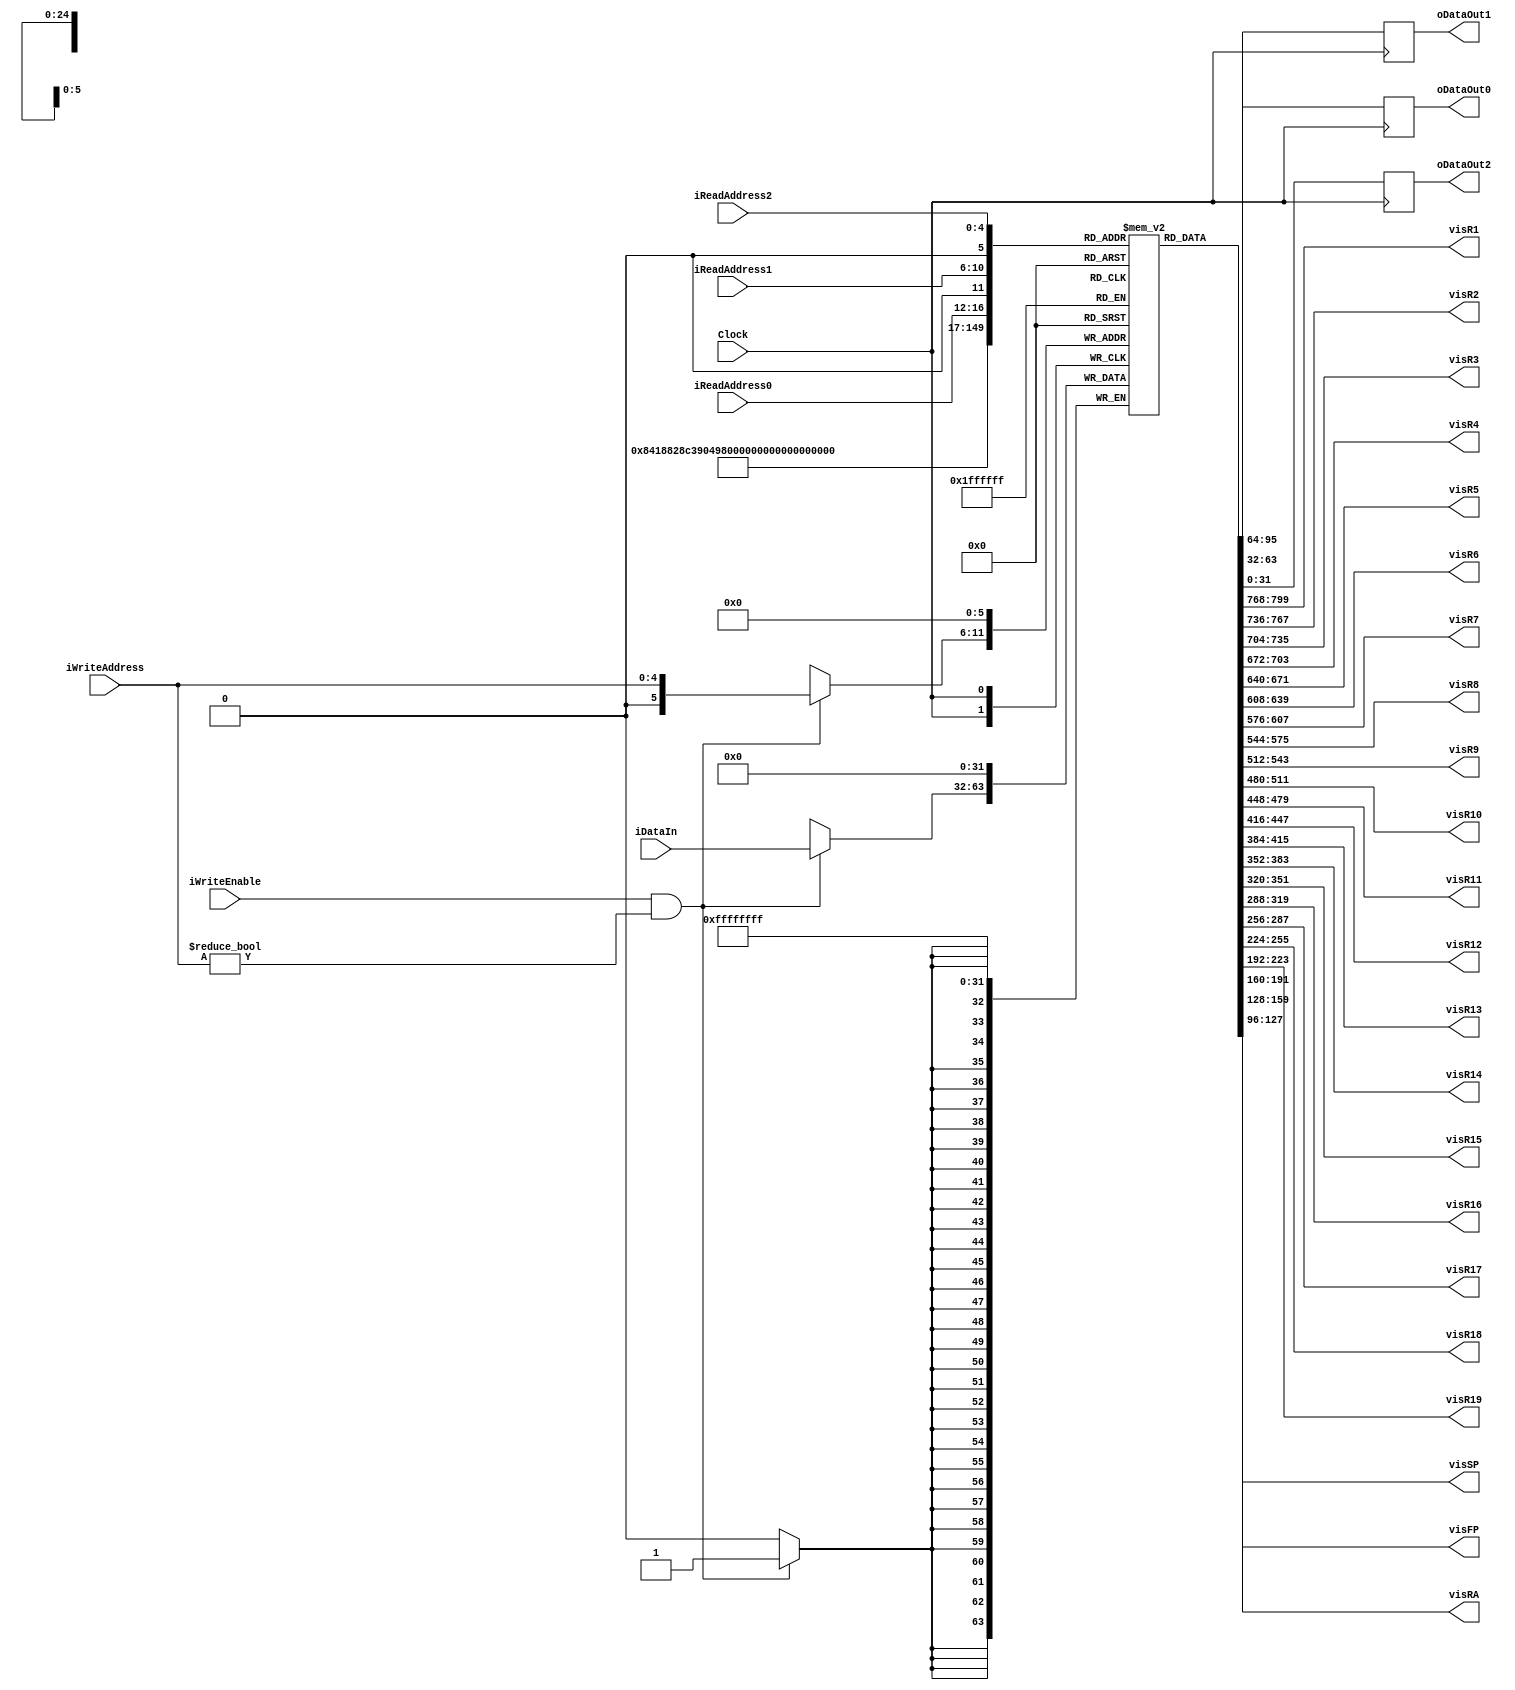
`ifndef REG_FILE
`define REG_FILE

`timescale 1ns / 1ps

module Register_file # ( parameter DATA_WIDTH= 32, parameter ADDR_WIDTH=5, parameter MEM_SIZE=32 )
   (
    input wire                   Clock,
    input wire                   iWriteEnable,
    input wire [ADDR_WIDTH-1:0]  iReadAddress0,
    input wire [ADDR_WIDTH-1:0]  iReadAddress1,
    input wire [ADDR_WIDTH-1:0]  iReadAddress2,
    input wire [ADDR_WIDTH-1:0]  iWriteAddress,
    input wire [DATA_WIDTH-1:0]  iDataIn,
    output reg [DATA_WIDTH-1:0]  oDataOut0,
    output reg [DATA_WIDTH-1:0]  oDataOut1,
    output reg [DATA_WIDTH-1:0]  oDataOut2,
    output wire [DATA_WIDTH-1:0] visR1,
    output wire [DATA_WIDTH-1:0] visR2,
    output wire [DATA_WIDTH-1:0] visR3,
    output wire [DATA_WIDTH-1:0] visR4,
    output wire [DATA_WIDTH-1:0] visR5,
    output wire [DATA_WIDTH-1:0] visR6,
    output wire [DATA_WIDTH-1:0] visR7,
    output wire [DATA_WIDTH-1:0] visR8,
    output wire [DATA_WIDTH-1:0] visR9,
    output wire [DATA_WIDTH-1:0] visR10,
    output wire [DATA_WIDTH-1:0] visR11,
    output wire [DATA_WIDTH-1:0] visR12,
    output wire [DATA_WIDTH-1:0] visR13,
    output wire [DATA_WIDTH-1:0] visR14,
    output wire [DATA_WIDTH-1:0] visR15,
    output wire [DATA_WIDTH-1:0] visR16,
    output wire [DATA_WIDTH-1:0] visR17,
    output wire [DATA_WIDTH-1:0] visR18,
    output wire [DATA_WIDTH-1:0] visR19,
    output wire [DATA_WIDTH-1:0] visFP,
    output wire [DATA_WIDTH-1:0] visRA,
    output wire [DATA_WIDTH-1:0] visSP
    );

   reg [DATA_WIDTH-1:0] 	Ram [MEM_SIZE:0];

   assign visR1 = Ram[1];
   assign visR1 = Ram[1];
   assign visR2 = Ram[2];
   assign visR3 = Ram[3];
   assign visR4 = Ram[4];
   assign visR5 = Ram[5];
   assign visR6 = Ram[6];
   assign visR7 = Ram[7];
   assign visR8 = Ram[8];
   assign visR9 = Ram[9];
   assign visR10 = Ram[10];
   assign visR11 = Ram[11];
   assign visR12 = Ram[12];
   assign visR13 = Ram[13];
   assign visR14 = Ram[14];
   assign visR15 = Ram[15];
   assign visR16 = Ram[16];
   assign visR17 = Ram[17];
   assign visR18 = Ram[18];
   assign visR19 = Ram[19];

   assign visFP = Ram[30];
   assign visRA = Ram[31];
   assign visSP = Ram[29];


   always @(posedge Clock)
     begin
	Ram[0] <= 0;

	if (iWriteEnable && iWriteAddress!=0)
	  Ram[iWriteAddress] <= iDataIn;

	oDataOut0 <= Ram[iReadAddress0];
	oDataOut1 <= Ram[iReadAddress1];
	oDataOut2 <= Ram[iReadAddress2];

     end
endmodule // Register_file

`endif